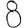
Digit: 8